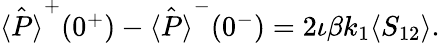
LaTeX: \begin{array}{r}{\hat{\langle P\rangle}^{+}(0^{+})-\hat{\langle P\rangle}^{-}(0^{-})=2\iota\beta k_{1}\langle S_{12}\rangle.}\end{array}